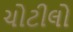
ચોટીલો